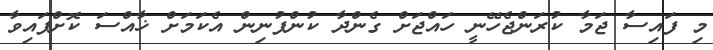
މި ފައިސާ ޖަމާ ކުރަންޖެހޭނީ ހައްޖަށް ގެންދާ ކުންފުނިން އެކަމަށް ޚާއްސަ ކޮށްފައިވާ